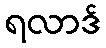
ရလာဒ်